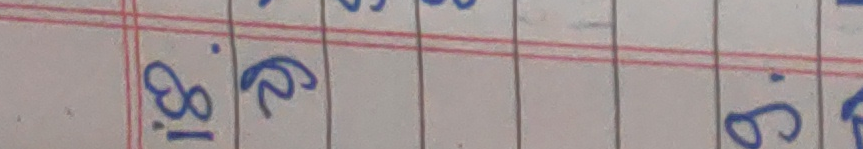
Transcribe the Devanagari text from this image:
१८.२